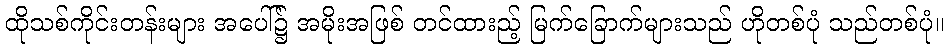
ထိုသစ်ကိုင်းတန်းများ အပေါ်၌ အမိုးအဖြစ် တင်ထားည့် မြက်ခြောက်များသည် ဟိုတစ်ပုံ သည်တစ်ပုံ။